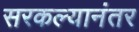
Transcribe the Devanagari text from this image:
सरकल्यानंतर